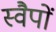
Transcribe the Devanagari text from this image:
स्वैपों